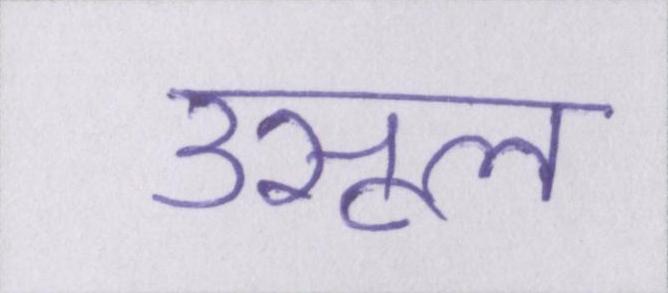
उसूल